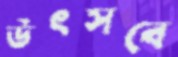
উৎসবে